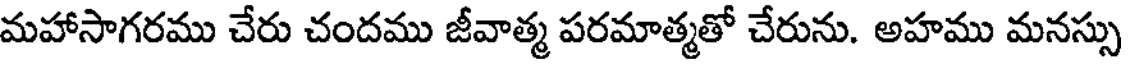
మహాసాగరము చేరు చందము జీవాత్మ పరమాత్మతో చేరును. అహము మనస్సు